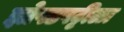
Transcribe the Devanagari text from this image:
झोपडपट्टीळा